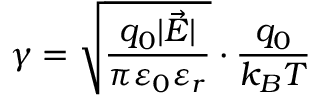
\gamma = \sqrt { \frac { q _ { 0 } \lvert \vec { E } \rvert } { \pi \varepsilon _ { 0 } \varepsilon _ { r } } } \cdot { \frac { q _ { 0 } } { k _ { B } T } }